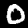
Label: 0